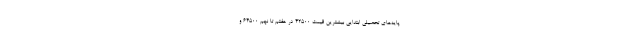
پایه‌های تحصیلی ابتدایی بیشترین قیمت ۴۲۵۰۰ در هفتم تا نهم ۶۴۵۰۰ و